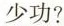
少功？